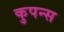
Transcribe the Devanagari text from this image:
कुपन्स